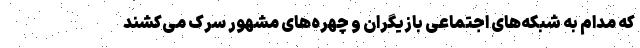
که مدام به شبکه‌های اجتماعی بازیگران و چهره‌های مشهور سرک می‌کشند